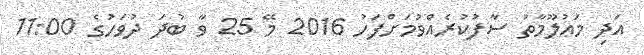
އަދި މަޢުލޫމާތު ސާފުކުރެއްވުމަށްފަހު 2016 މޭ 25 ވާ ބުދަ ދުވަހުގެ 11:00